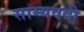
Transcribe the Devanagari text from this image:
साम्यवदी